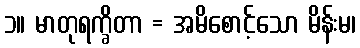
၁။ မာတုရက္ခိတာ = အမိစောင့်သော မိန်းမ၊